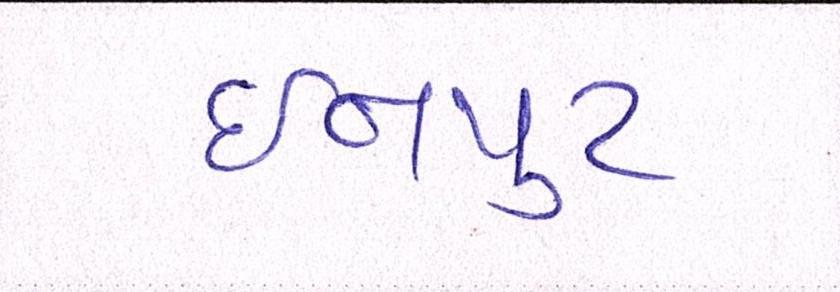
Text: ઇનપુટ